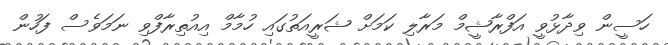
ހަސީން ވިދާޅުވީ އަފްރާޝީމް މަރާލި ކަމަށް ޝަރީއަތުގައި ހުމާމް އިއުތިރާފްވި ނަމަވެސް ފަހުން